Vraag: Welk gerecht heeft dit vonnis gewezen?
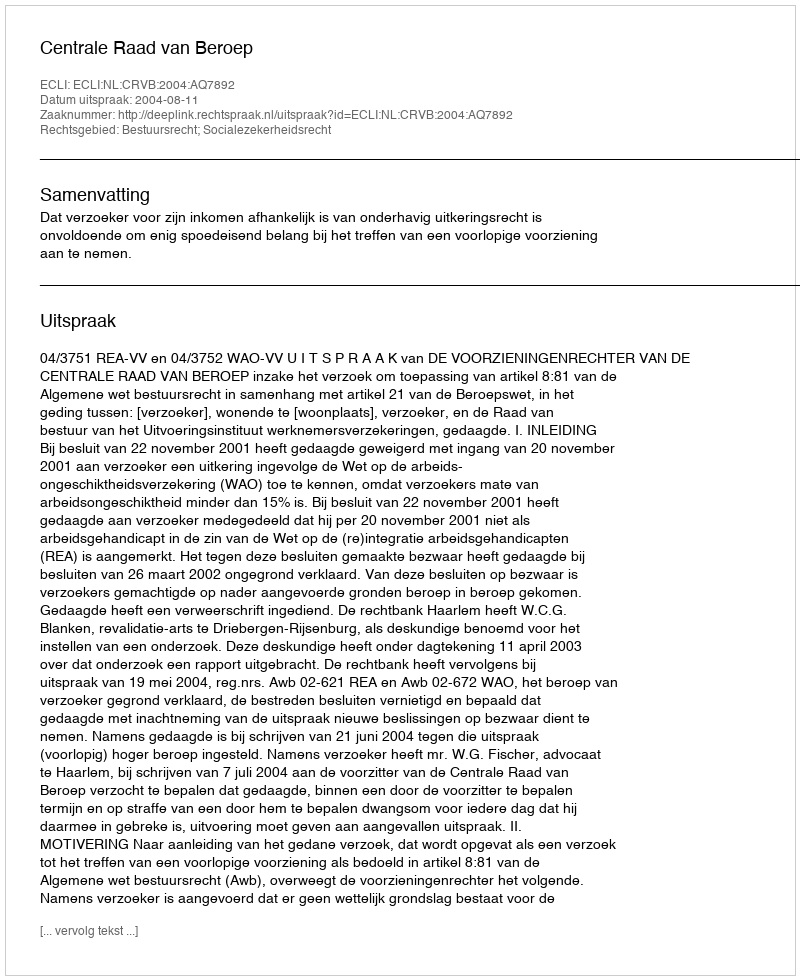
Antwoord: Centrale Raad van Beroep